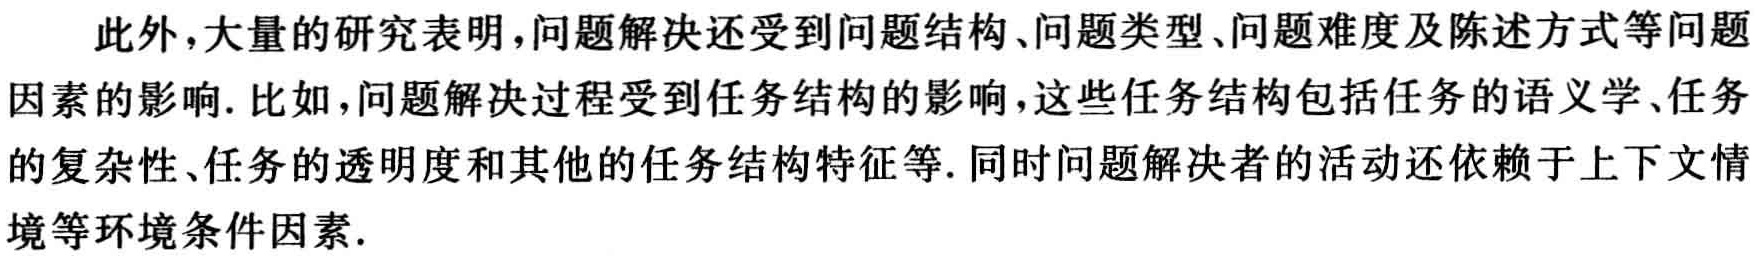
此外，大量的研究表明，问题解决还受到问题结构、问题类型、问题难度及陈述方式等问题因素的影响. 比如，问题解决过程受到任务结构的影响，这些任务结构包括任务的语义学、任务的复杂性、任务的透明度和其他的任务结构特征等. 同时问题解决者的活动还依赖于上下文情境等环境条件因素.